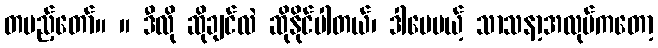
တပည့်တော်။ ။ ဒီလို ဆိုချင်လဲ ဆိုနိုင်ပါတယ်၊ ဒါပေမယ့် သာသနာ့အလုပ်ကတော့